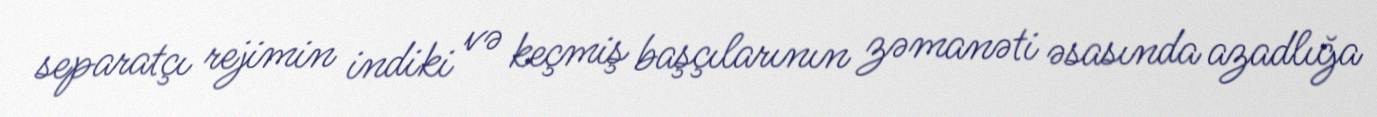
separatçı rejimin indiki və keçmiş başçılarının zəmanəti əsasında azadlığa